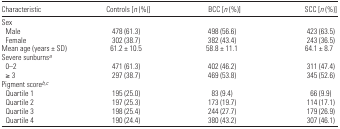
<table><thead><tr><td><b>Characteristic</b></td><td><b>Controls [<i>n</i> (%)]</b></td><td><b>BCC [<i>n</i> (%)]</b></td><td><b>SCC [<i>n</i> (%)]</b></td></tr></thead><tbody><tr><td colspan="4">Sex</td></tr><tr><td> Male</td><td>478 (61.3)</td><td>498 (56.6)</td><td>423 (63.5)</td></tr><tr><td> Female</td><td>302 (38.7)</td><td>382 (43.4)</td><td>243 (36.5)</td></tr><tr><td>Mean age (years ± SD)</td><td>61.2 ± 10.5</td><td>58.8 ± 11.1</td><td>64.1 ± 8.7</td></tr><tr><td colspan="4">Severe sunburnsa</td></tr><tr><td> 0–2</td><td>471 (61.3)</td><td>402 (46.2)</td><td>311 (47.4)</td></tr><tr><td> ≥3</td><td>297 (38.7)</td><td>469 (53.8)</td><td>345 (52.6)</td></tr><tr><td colspan="4">Pigment scoreb,c</td></tr><tr><td> Quartile 1</td><td>195 (25.0)</td><td>83 (9.4)</td><td>66 (9.9)</td></tr><tr><td> Quartile 2</td><td>197 (25.3)</td><td>173 (19.7)</td><td>114 (17.1)</td></tr><tr><td> Quartile 3</td><td>198 (25.4)</td><td>244 (27.7)</td><td>179 (26.9)</td></tr><tr><td> Quartile 4</td><td>190 (24.4)</td><td>380 (43.2)</td><td>307 (46.1)</td></tr></tbody></table>